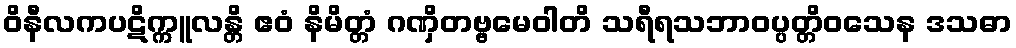
ဝိနီလကပဋိက္ကူလန္တိ ဧဝံ နိမိတ္တံ ဂဏှိတဗ္ဗမေဝါတိ သရီရသဘာဝပ္ပတ္တိဝသေန ဒသဓာ